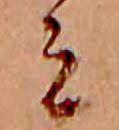
ミ